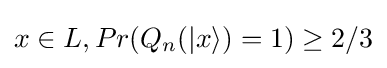
x\in L,Pr(Q_{n}(|x\rangle )=1)\geq 2/3